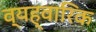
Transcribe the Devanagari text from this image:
व्यह्वारिक